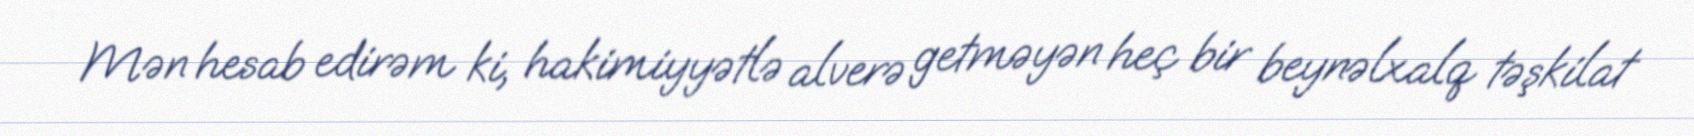
Mən hesab edirəm ki, hakimiyyətlə alverə getməyən heç bir beynəlxalq təşkilat